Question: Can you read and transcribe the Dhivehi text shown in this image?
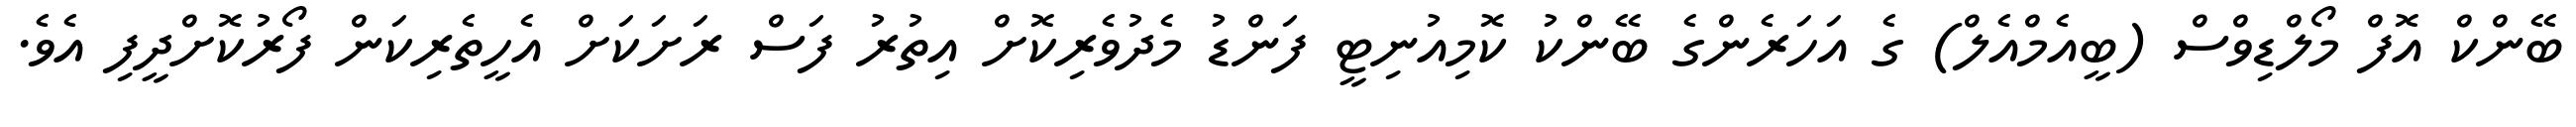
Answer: ބޭންކް އޮފް މޯލްޑިވްސް (ބީއެމްއެލް) ގެ އަހަރެންގެ ބޭންކު ކޮމިއުނިޓީ ފަންޑު މެދުވެރިކޮށް އިތުރު ފަސް ރަށަކަށް އެހީތެރިކަން ފޯރުކޮށްދީފި އެވެ.